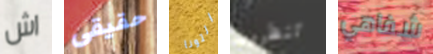
اش حقيقى التونا تنظرون شفاهي